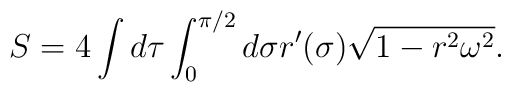
S = 4 \int d\tau \int_0^{\pi/2}  d\sigma r^\prime(\sigma) \sqrt{1-r^2\omega^2} .